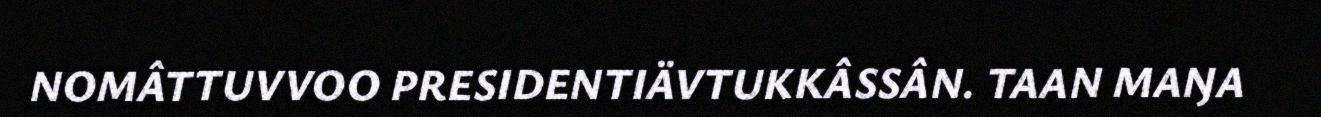
NOMÂTTUVVOO PRESIDENTIÄVTUKKÂSSÂN. TAAN MAŊA